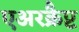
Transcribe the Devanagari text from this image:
एअरक्रैप्ट